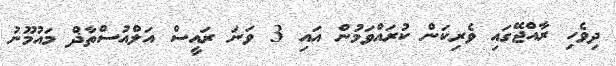
ދިވެހި ރާއްޖޭގައި ވެރިކަން ކުރައްވަމުން އައި 3 ވަނަ ރައީސް އަލްއުސްތާޛް މައުމޫނު